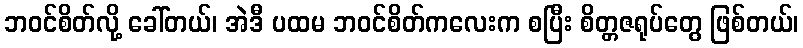
ဘဝင်စိတ်လို့ ခေါ်တယ်၊ အဲဒီ ပထမ ဘဝင်စိတ်ကလေးက စပြီး စိတ္တဇရုပ်တွေ ဖြစ်တယ်၊